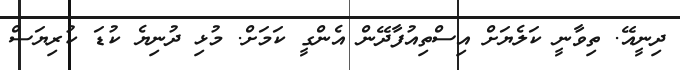
ދިނީއޭ. ތިވާނީ ކަލެޔަށް އިސްތިއުފާދޭން އެންގީ ކަމަށް. މުޅި ދުނިޔެ ކުޑަ ކުރިޔަސް